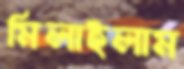
মিলাইলাম